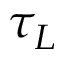
\tau _ { L }